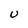
Character: U